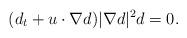
LaTeX: \begin{align*}(d_t+u\cdot \nabla d)|\nabla d|^2 d=0.\end{align*}